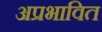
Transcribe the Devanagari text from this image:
अप्रभावित